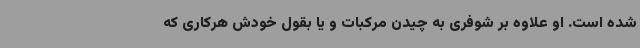
شده است. او علاوه بر شوفری به چیدن مرکبات و یا بقول خودش هرکاری که